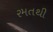
રમતથી